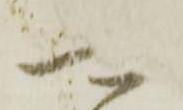
可